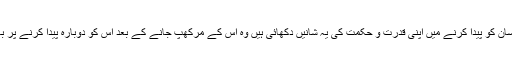
یعنی جس خدا نے انسان کو پیدا کرنے میں اپنی قدرت و حکمت کی یہ شانیں دکھائی ہیں وہ اس کے مرکھپ جانے کے بعد اس کو دوبارہ پیدا کرنے پر بھی ضرور قادر ہے۔